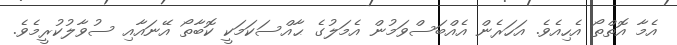
އެމާ އޮތްތޯ އެހިއެވެ. އަހަރެން އެއްބަސްވަމުން އެމަލުގެ ޙާއްސަކަމަކީ ކޮބާތޯ އޭނައާއި ސުވާލުކުރީމެވެ.